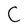
Character: C